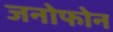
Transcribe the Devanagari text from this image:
जनोफोन